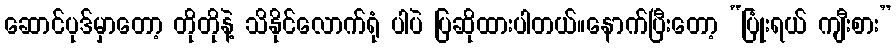
ဆောင်ပုဒ်မှာတော့ တိုတိုနဲ့ သိနိုင်လောက်ရုံ ပါပဲ ပြဆိုထားပါတယ်။နောက်ပြီးတော့ “ပြုံးရယ် ကျီးစား”